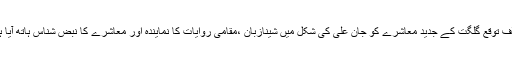
خلافِ توقع گلگت کے جدید معاشرے کو جان علی کی شکل میں شینازبان ،مقامی روایات کا نمایندہ اور معاشرے کا نبض شناس ہاتھ آیا ہے۔